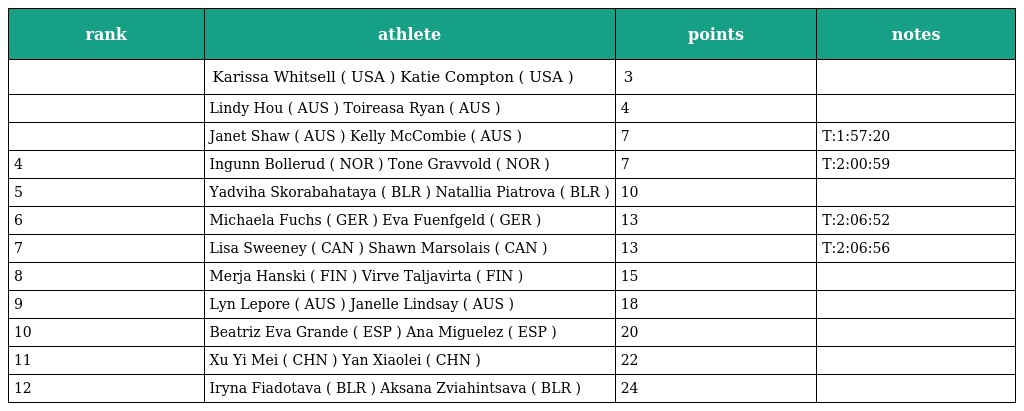
| rank | athlete | points | notes |
 | --- | --- | --- | --- |
 |  | Karissa Whitsell ( USA ) Katie Compton ( USA ) | 3 |  |
 |  | Lindy Hou ( AUS ) Toireasa Ryan ( AUS ) | 4 |  |
 |  | Janet Shaw ( AUS ) Kelly McCombie ( AUS ) | 7 | T:1:57:20 |
 | 4 | Ingunn Bollerud ( NOR ) Tone Gravvold ( NOR ) | 7 | T:2:00:59 |
 | 5 | Yadviha Skorabahataya ( BLR ) Natallia Piatrova ( BLR ) | 10 |  |
 | 6 | Michaela Fuchs ( GER ) Eva Fuenfgeld ( GER ) | 13 | T:2:06:52 |
 | 7 | Lisa Sweeney ( CAN ) Shawn Marsolais ( CAN ) | 13 | T:2:06:56 |
 | 8 | Merja Hanski ( FIN ) Virve Taljavirta ( FIN ) | 15 |  |
 | 9 | Lyn Lepore ( AUS ) Janelle Lindsay ( AUS ) | 18 |  |
 | 10 | Beatriz Eva Grande ( ESP ) Ana Miguelez ( ESP ) | 20 |  |
 | 11 | Xu Yi Mei ( CHN ) Yan Xiaolei ( CHN ) | 22 |  |
 | 12 | Iryna Fiadotava ( BLR ) Aksana Zviahintsava ( BLR ) | 24 |  |